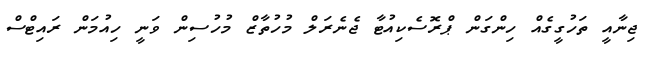
ޖިނާއީ ތަހުގީގެއް ހިންގަން ޕްރޮސެކިއުޓާ ޖެނެރަލް މުހުތާޒް މުހުސިން ވަނީ ހިއުމަން ރައިޓްސް